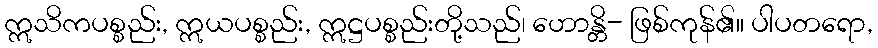
ဣသိကပစ္စည်း, ဣယပစ္စည်း, ဣဋ္ဌပစ္စည်းတို့သည်၊ ဟောန္တိ- ဖြစ်ကုန်၏။ ပါပတရော,